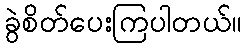
ခွဲစိတ်ပေးကြပါတယ်။